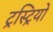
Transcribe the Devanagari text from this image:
ट्रस्ट्रियों